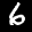
Label: 6